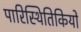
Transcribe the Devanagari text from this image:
पारिस्थितिकियों